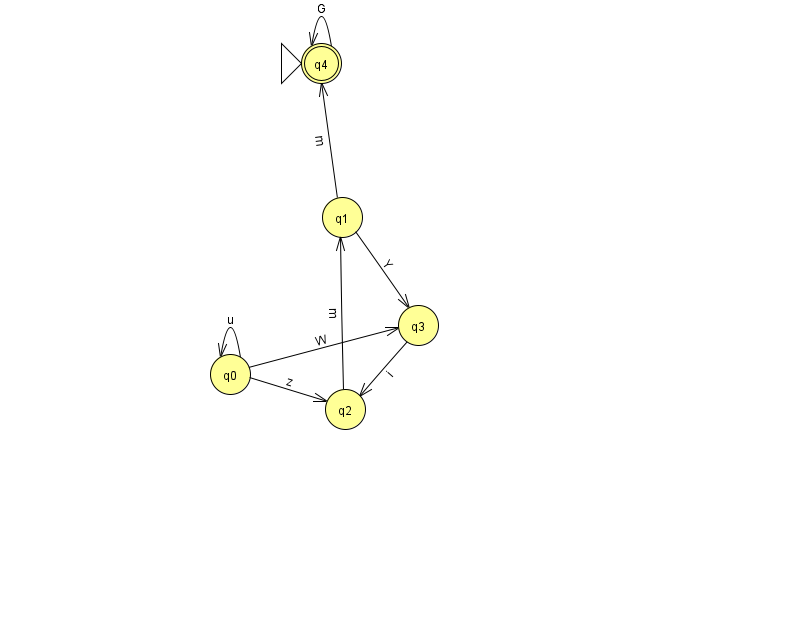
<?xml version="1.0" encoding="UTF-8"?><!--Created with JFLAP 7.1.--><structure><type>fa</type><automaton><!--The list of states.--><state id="0" name="q0"><x>230.0</x><y>361.0</y></state><state id="1" name="q1"><x>342.0</x><y>204.0</y></state><state id="2" name="q2"><x>345.0</x><y>396.0</y></state><state id="3" name="q3"><x>418.0</x><y>312.0</y></state><state id="4" name="q4"><x>321.0</x><y>50.0</y><initial/><final/></state><!--The list of transitions.--><transition><from>0</from><to>3</to><read>W</read></transition><transition><from>0</from><to>0</to><read>u</read></transition><transition><from>4</from><to>4</to><read>G</read></transition><transition><from>0</from><to>2</to><read>z</read></transition><transition><from>1</from><to>4</to><read>m</read></transition><transition><from>1</from><to>3</to><read>Y</read></transition><transition><from>2</from><to>1</to><read>m</read></transition><transition><from>3</from><to>2</to><read>i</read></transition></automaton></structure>